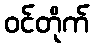
ဝင်တိုက်